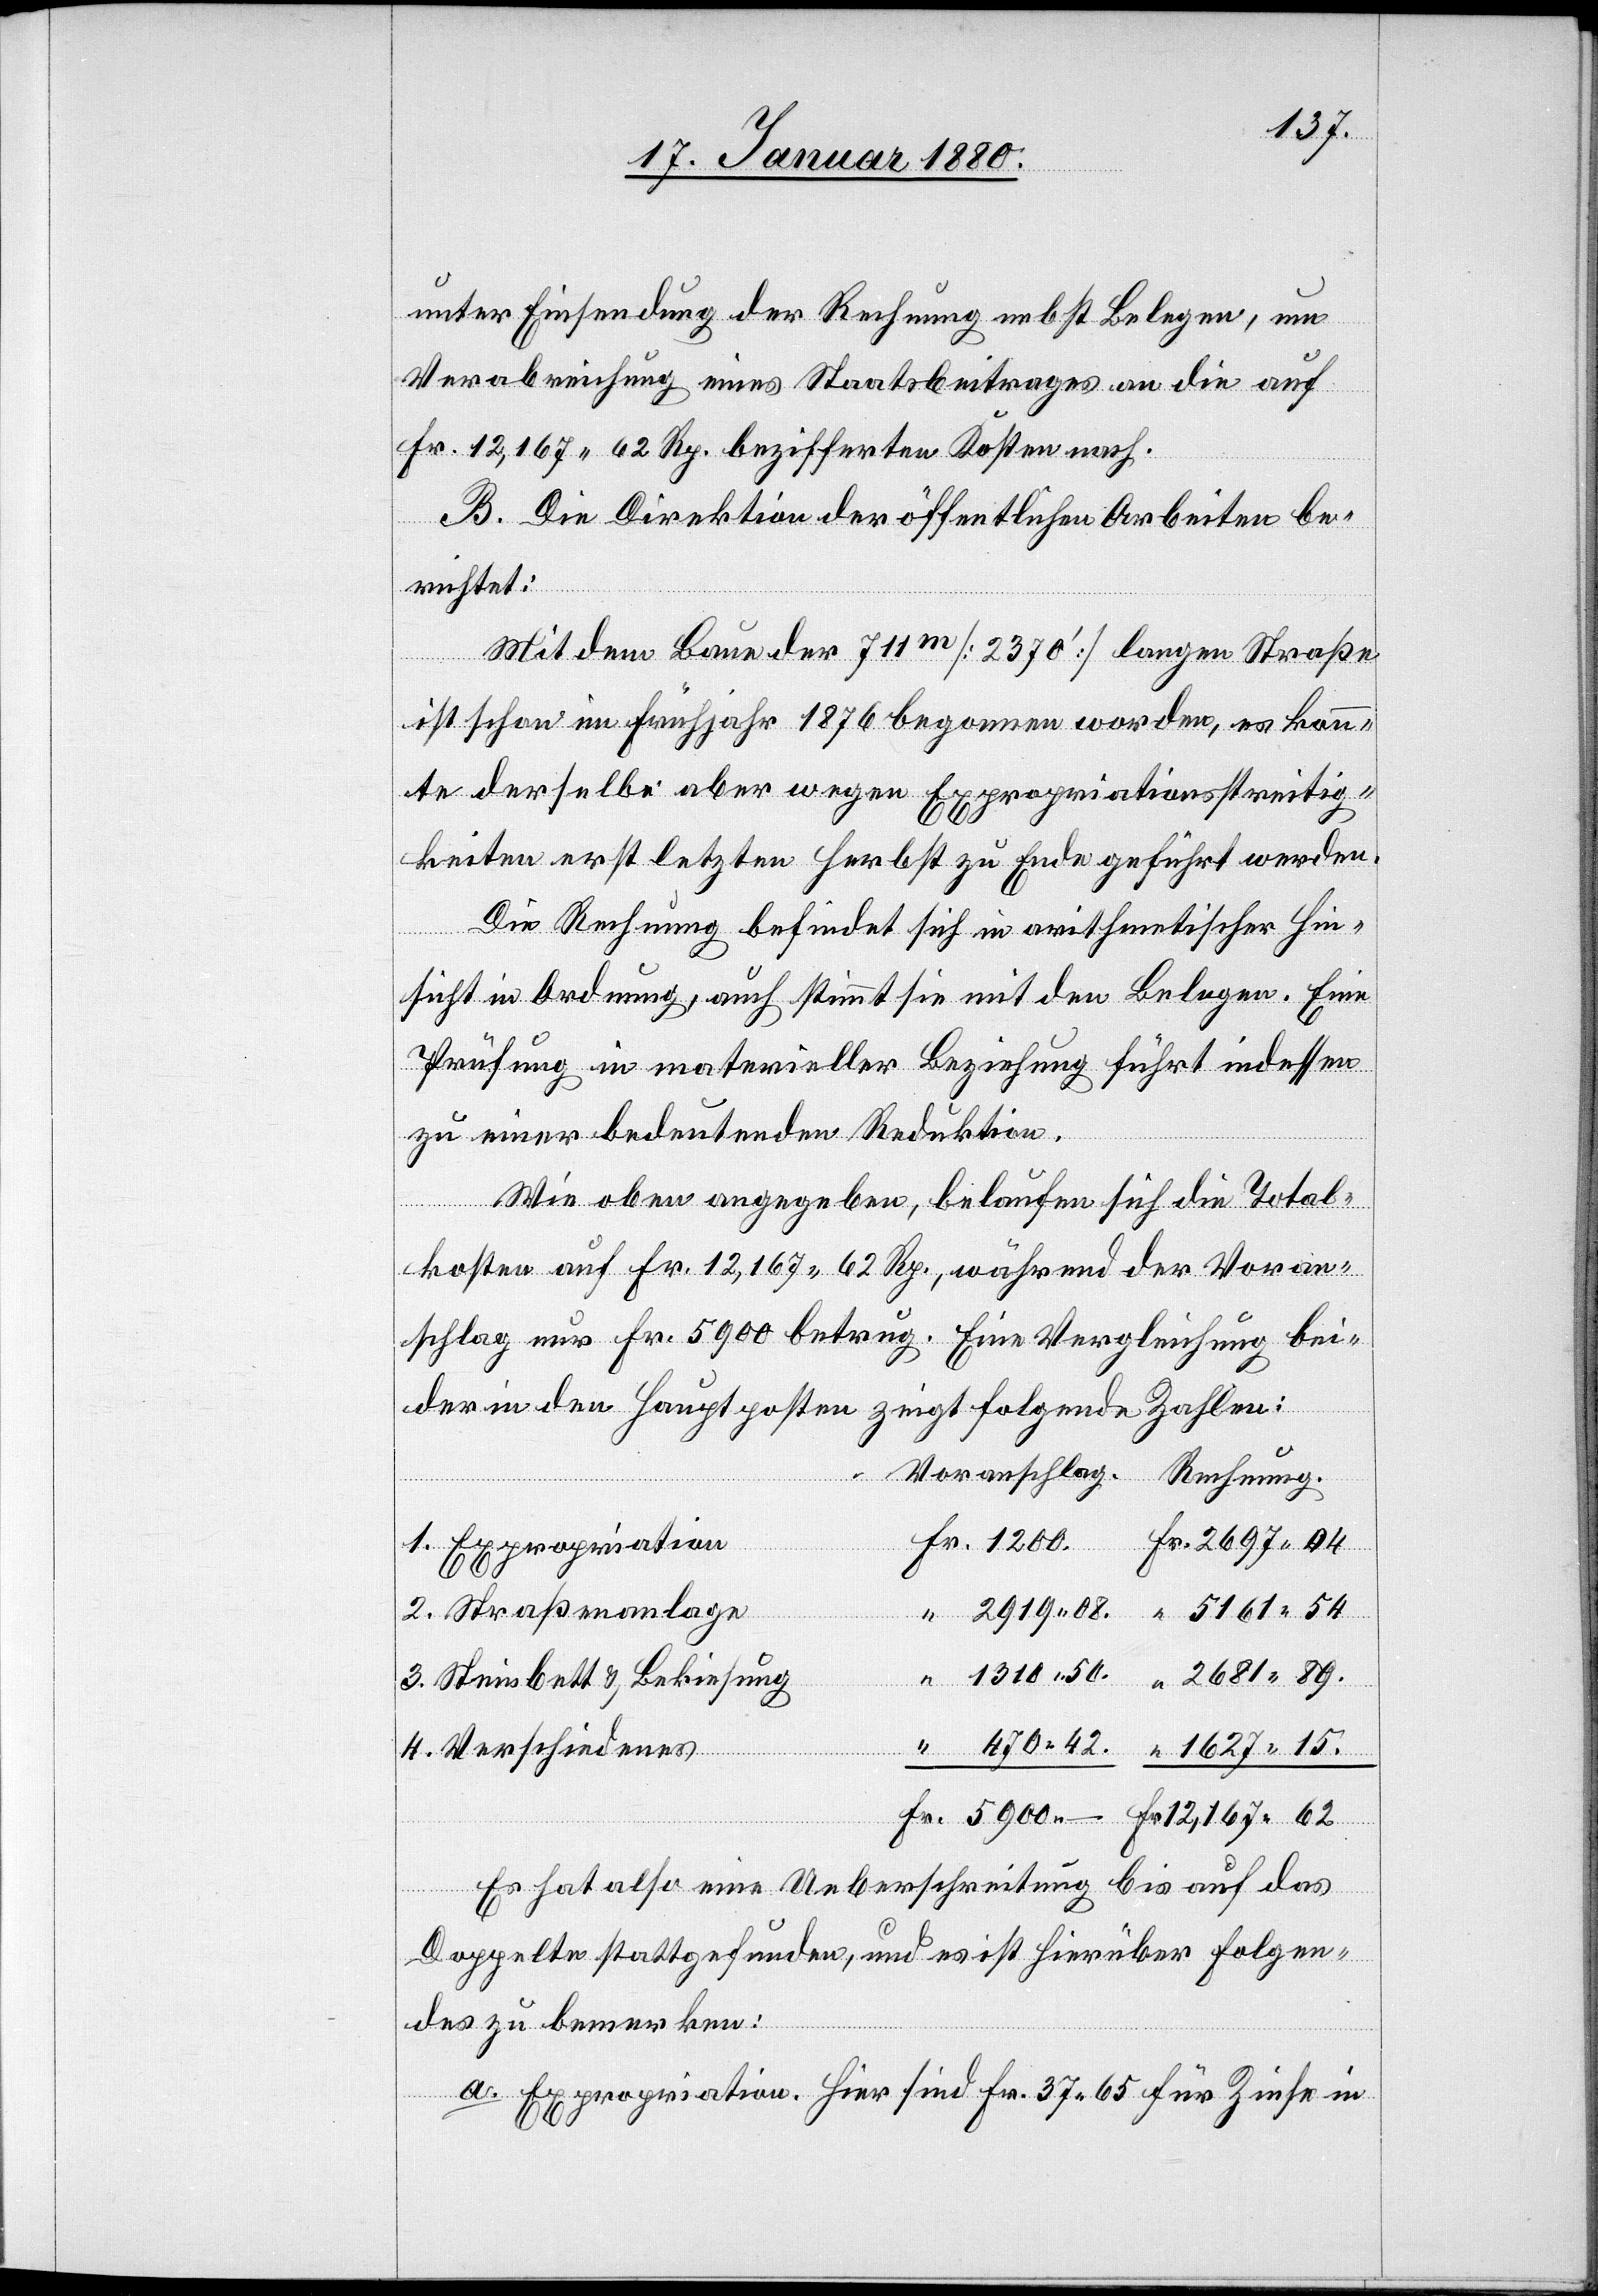
Fr.
unter Einsendung der Rechnung nebst Belegen, um
Verabreichung eines Staatsbeitrages an die auf
Fr. 12, 167.62 Rp. bezifferten Kosten nach.
B. Die Direktion der öffentlichen Arbeiten be¬
richtet:
Mit dem Baue der 711m [2370‘] langen Straße
ist schon im Frühjahr 1876 begonnen worden, es konn¬
te derselbe aber wegen Expropriationsstreitig¬
keiten erst letzten Herbst zu Ende gebracht werden.
Die Rechnung befindet sich in arithmetischer Hin¬
sicht in Ordnung, auch stimmt sie mit den Belegen. Eine
Prüfung in materieller Beziehung führt indessen
zu einer bedeutenden Reduktion.
Wie oben angegeben, belaufen sich die Total¬
kosten auf Fr. 12, 167.62 Rp., während der Voran¬
schlag nur Fr. 5900 betrug. Eine Vergleichung bei¬
der in den Hauptposten zeigt folgende Zahlen:
12
Voranschlag
Rechnung
1. Expropriation
2. Straßenanalage
3. Steinbett & Bekiesung
4. Verschiedenes
Es hat also eine Ueberschreitung bis auf das
Doppelte stattgefunden, und es ist hierüber folgen¬
des zu bemerken:
a. Expropriation. Hier sind Fr. 37.65 für Zinse in